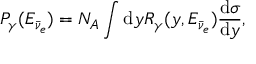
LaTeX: P _ { \gamma } ( E _ { \bar { \nu } _ { e } } ) = N _ { A } \int \mathrm { d } y R _ { \gamma } ( y , E _ { \bar { \nu } _ { e } } ) \frac { \mathrm { d } \sigma } { \mathrm { d } y } ,